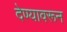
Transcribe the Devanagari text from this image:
देण्यावरून